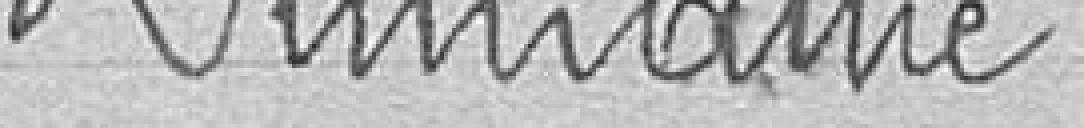
Dumaine.